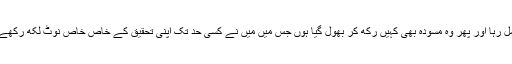
دراصل پچھلے دو ڈھائی سال سے مصروفیات اتنی بڑھ گئی ہیں کہ مزید تحقیق کے لیے وقت ہی نہیں مل رہا اور پھر وہ مسودہ بھی کہیں رکھ کر بھول گیا ہوں جس میں میں نے کسی حد تک اپنی تحقیق کے خاص خاص نوٹ لکھ رکھے تھے ، کتابیں تو اب بھی سب موجود ہیں مگر ایک بار پھر نئے سرے سے ورق گردانی کرنی ہو گی ۔